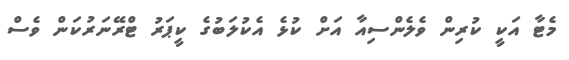
މެޓާ އަކީ ކުރިން ވެލެންސިއާ އަށް ކުޅެ އެކުލަބުގެ ކީޕަރު ޓްރޭނަރުކަން ވެސް